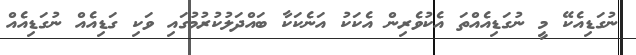
ނުގަޑިއެކޭ މީ ނުގަޑިއެއްތަ އެކުވެރިން އެކަކު އަނެކަކާ ބައްދަލުކުރުމުގައި ވަކި ގަޑިއެއް ނުގަޑިއެއް